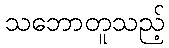
သဘောတူသည့်